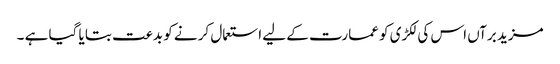
مزید برآں اس کی لکڑی کو عمارت کے لیے استعمال کر نے کو بدعت بتا یا گیا ہے ۔